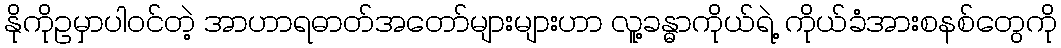
နိုကိုဥမှာပါဝင်တဲ့ အာဟာရဓာတ်အတော်များများဟာ လူ့ခန္ဓာကိုယ်ရဲ့ ကိုယ်ခံအားစနစ်တွေကို